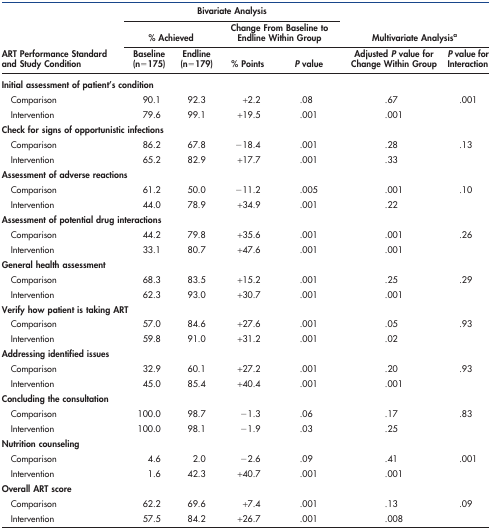
<table><thead><tr><td></td><td colspan="4"><b>Bivariate Analysis</b></td><td colspan="2"></td></tr><tr><td rowspan="2"><b>ART Performance Standard and Study Condition</b></td><td colspan="2"><b>% Achieved</b></td><td colspan="2"><b>Change From Baseline to Endline Within Group</b></td><td colspan="2"><b>Multivariate Analysisa</b></td></tr><tr><td><b>Baseline (n = 175)</b></td><td><b>Endline (n = 179)</b></td><td><b>% Points</b></td><td><b><i>P</i> value</b></td><td><b>Adjusted <i>P</i> value for Change Within Group</b></td><td><b><i>P</i> value for Interaction</b></td></tr></thead><tbody><tr><td colspan="3"><b>Initial assessment of patient&#x27;s condition</b></td><td></td><td></td><td></td><td></td></tr><tr><td> Comparison</td><td>90.1</td><td>92.3</td><td>+2.2</td><td>.08</td><td>.67</td><td>.001</td></tr><tr><td> Intervention</td><td>79.6</td><td>99.1</td><td>+19.5</td><td>.001</td><td>.001</td><td></td></tr><tr><td colspan="3"><b>Check for signs of opportunistic infections</b></td><td></td><td></td><td></td><td></td></tr><tr><td> Comparison</td><td>86.2</td><td>67.8</td><td>−18.4</td><td>.001</td><td>.28</td><td>.13</td></tr><tr><td> Intervention</td><td>65.2</td><td>82.9</td><td>+17.7</td><td>.001</td><td>.33</td><td></td></tr><tr><td colspan="2"><b>Assessment of adverse reactions</b></td><td></td><td></td><td></td><td></td><td></td></tr><tr><td> Comparison</td><td>61.2</td><td>50.0</td><td>−11.2</td><td>.005</td><td>.001</td><td>.10</td></tr><tr><td> Intervention</td><td>44.0</td><td>78.9</td><td>+34.9</td><td>.001</td><td>.22</td><td></td></tr><tr><td colspan="3"><b>Assessment of potential drug interactions</b></td><td></td><td></td><td></td><td></td></tr><tr><td> Comparison</td><td>44.2</td><td>79.8</td><td>+35.6</td><td>.001</td><td>.001</td><td>.26</td></tr><tr><td> Intervention</td><td>33.1</td><td>80.7</td><td>+47.6</td><td>.001</td><td>.001</td><td></td></tr><tr><td colspan="2"><b>General health assessment</b></td><td></td><td></td><td></td><td></td><td></td></tr><tr><td> Comparison</td><td>68.3</td><td>83.5</td><td>+15.2</td><td>.001</td><td>.25</td><td>.29</td></tr><tr><td> Intervention</td><td>62.3</td><td>93.0</td><td>+30.7</td><td>.001</td><td>.001</td><td></td></tr><tr><td colspan="2"><b>Verify how patient is taking ART</b></td><td></td><td></td><td></td><td></td><td></td></tr><tr><td> Comparison</td><td>57.0</td><td>84.6</td><td>+27.6</td><td>.001</td><td>.05</td><td>.93</td></tr><tr><td> Intervention</td><td>59.8</td><td>91.0</td><td>+31.2</td><td>.001</td><td>.02</td><td></td></tr><tr><td colspan="2"><b>Addressing identified issues</b></td><td></td><td></td><td></td><td></td><td></td></tr><tr><td> Comparison</td><td>32.9</td><td>60.1</td><td>+27.2</td><td>.001</td><td>.20</td><td>.93</td></tr><tr><td> Intervention</td><td>45.0</td><td>85.4</td><td>+40.4</td><td>.001</td><td>.001</td><td></td></tr><tr><td colspan="2"><b>Concluding the consultation</b></td><td></td><td></td><td></td><td></td><td></td></tr><tr><td> Comparison</td><td>100.0</td><td>98.7</td><td>−1.3</td><td>.06</td><td>.17</td><td>.83</td></tr><tr><td> Intervention</td><td>100.0</td><td>98.1</td><td>−1.9</td><td>.03</td><td>.25</td><td></td></tr><tr><td><b>Nutrition counseling</b></td><td></td><td></td><td></td><td></td><td></td><td></td></tr><tr><td> Comparison</td><td>4.6</td><td>2.0</td><td>−2.6</td><td>.09</td><td>.41</td><td>.001</td></tr><tr><td> Intervention</td><td>1.6</td><td>42.3</td><td>+40.7</td><td>.001</td><td>.001</td><td></td></tr><tr><td><b>Overall ART score</b></td><td></td><td></td><td></td><td></td><td></td><td></td></tr><tr><td> Comparison</td><td>62.2</td><td>69.6</td><td>+7.4</td><td>.001</td><td>.13</td><td>.09</td></tr><tr><td> Intervention</td><td>57.5</td><td>84.2</td><td>+26.7</td><td>.001</td><td>.008</td><td></td></tr></tbody></table>